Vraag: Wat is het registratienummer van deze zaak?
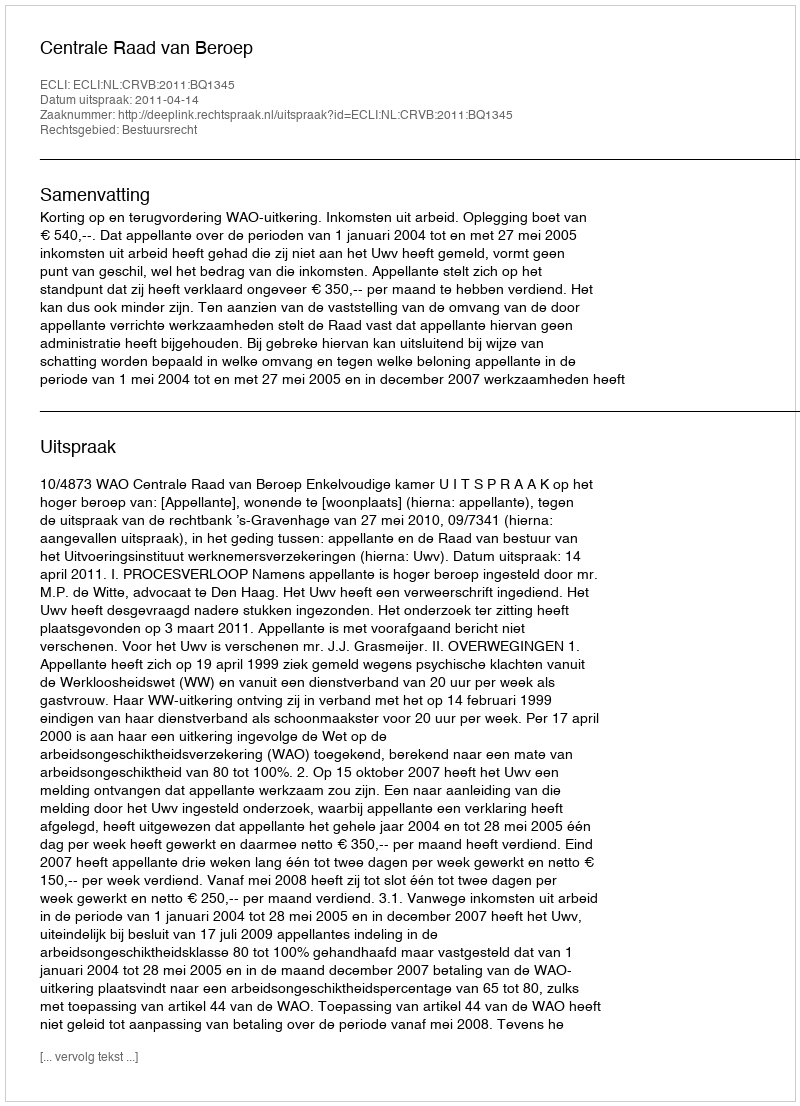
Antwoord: http://deeplink.rechtspraak.nl/uitspraak?id=ECLI:NL:CRVB:2011:BQ1345